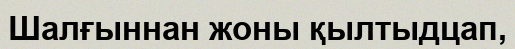
Шалғыннан жоны қылтыдцап,